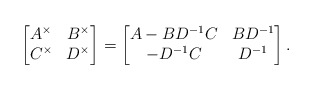
\begin{align*} \begin{bmatrix} A^\times & B^\times \\C^\times & D^\times\end{bmatrix} = \begin{bmatrix} A-BD^{-1}C & BD^{-1} \\-D^{-1}C & D^{-1}\end{bmatrix}.\end{align*}